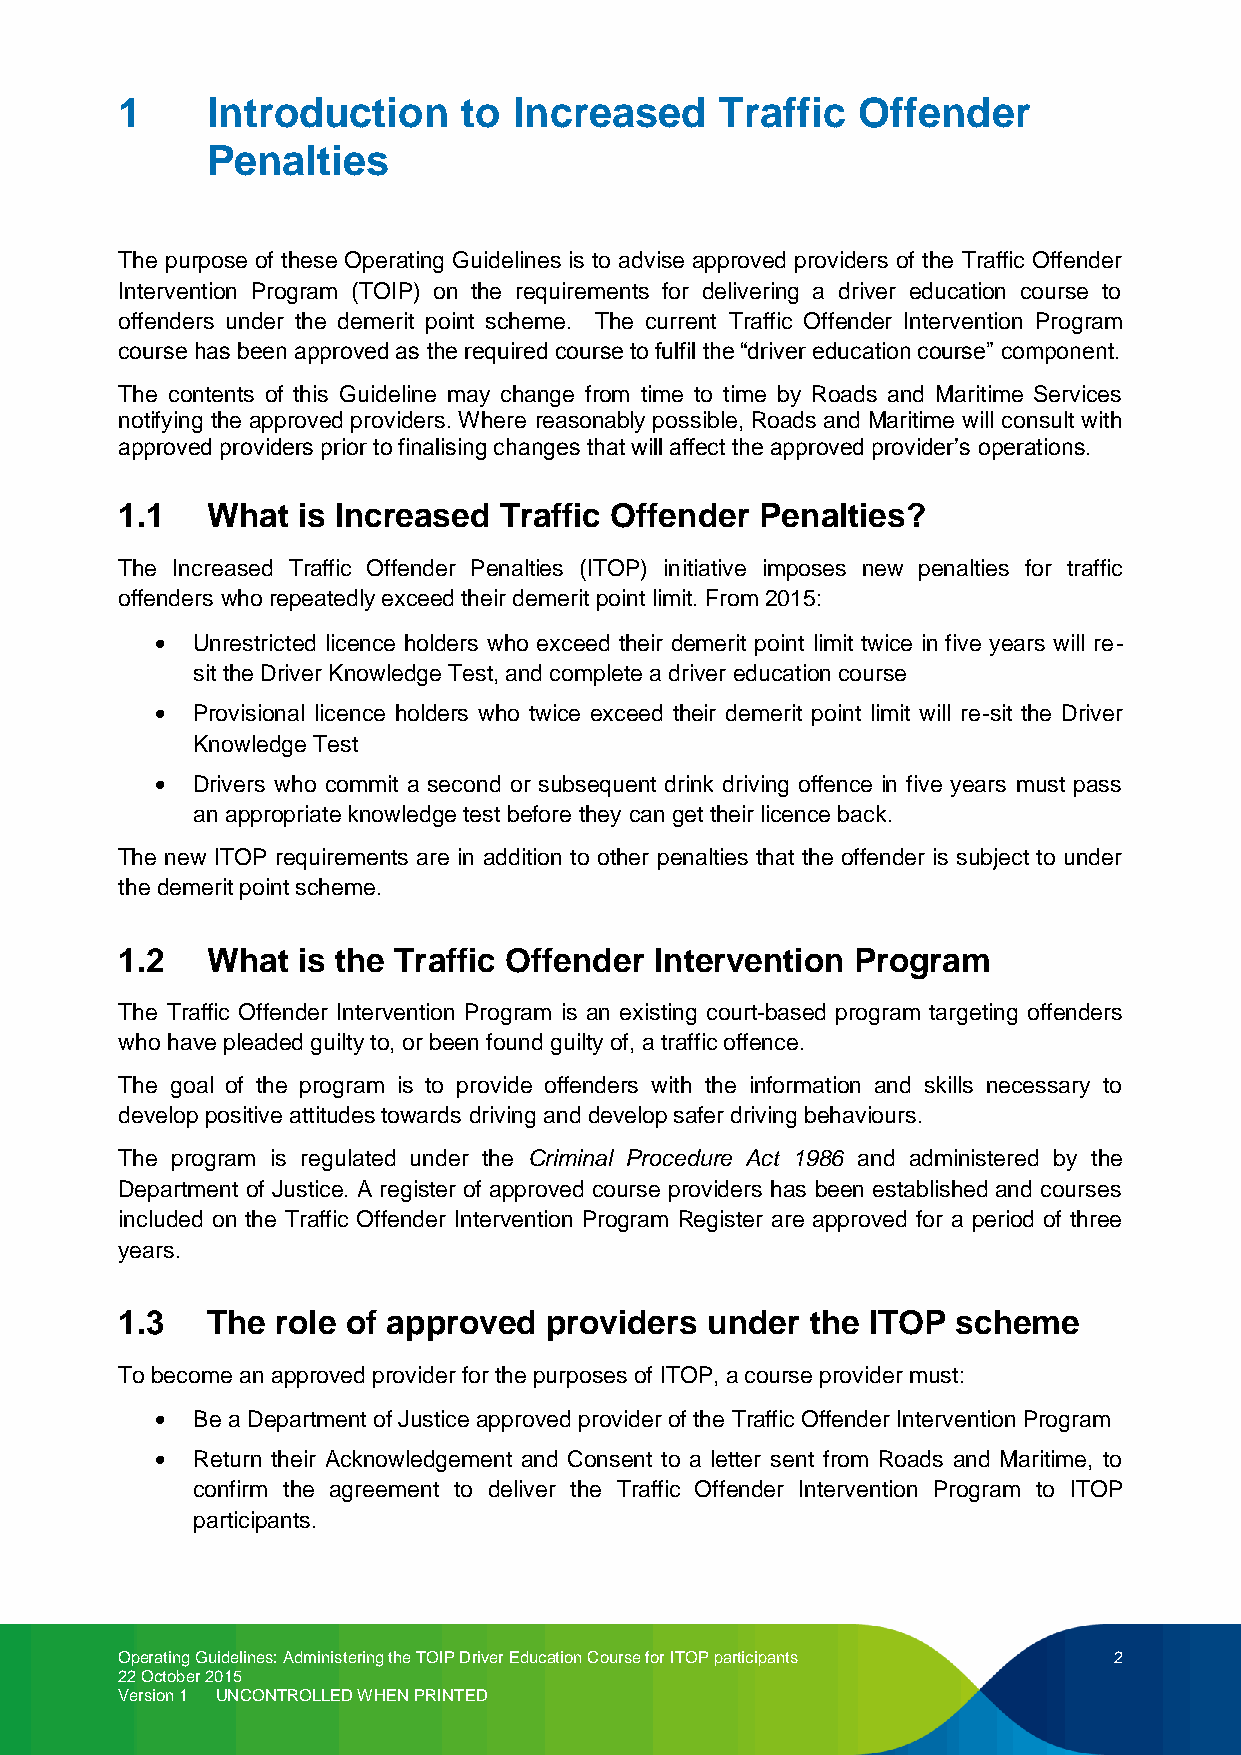
1     Introduction     to Increased     Traffic  Offender
 Penalties
 The purpose of these Operating Guidelines is to advise approved providers of the Traffic Offender
 Intervention Program (TOIP) on the requirements for delivering a driver education course to
 offenders under the demerit point scheme. The current Traffic Offender Intervention Program
 course has been approved as the required course to fulfil the “driver education course” component.
 The contents of this Guideline may change from time to time by Roads and Maritime Services
 notifying the approved providers. Where reasonably possible, Roads and Maritime will consult with
 approved providers prior to finalising changes that will affect the approved provider’s operations.
 1.1   What  is Increased Traffic Offender Penalties?
 The Increased Traffic Offender Penalties (ITOP) initiative imposes new penalties for traffic
 offenders who repeatedly exceed their demerit point limit. From 2015:
 Unrestricted licence holders who exceed their demerit point limit twice in five years will re-
 sit the Driver Knowledge Test, and complete a driver education course
 Provisional licence holders who twice exceed their demerit point limit will re-sit the Driver
 Knowledge Test
 Drivers who commit a second or subsequent drink driving offence in five years must pass
 an appropriate knowledge test before they can get their licence back.
 The new ITOP requirements are in addition to other penalties that the offender is subject to under
 the demerit point scheme.
 1.2   What  is the Traffic Offender Intervention Program
 The Traffic Offender Intervention Program is an existing court-based program targeting offenders
 who have pleaded guilty to, or been found guilty of, a traffic offence.
 The goal of the program is to provide offenders with the information and skills necessary to
 develop positive attitudes towards driving and develop safer driving behaviours.
 The program is regulated under the Criminal Procedure Act 1986 and administered by the
 Department of Justice. A register of approved course providers has been established and courses
 included on the Traffic Offender Intervention Program Register are approved for a period of three
 years.
 1.3   The role of approved  providers  under  the ITOP scheme
 To become an approved provider for the purposes of ITOP, a course provider must:
 Be a Department of Justice approved provider of the Traffic Offender Intervention Program
 Return their Acknowledgement and Consent to a letter sent from Roads and Maritime, to
 confirm the agreement to deliver the Traffic Offender Intervention Program to ITOP
 participants.
 Operating Guidelines: Administering the TOIP Driver Education Course for ITOP participants 2
 22 October 2015
 Version 1 UNCONTROLLED WHEN PRINTED